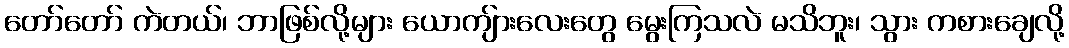
တော်တော် ကဲတယ်၊ ဘာဖြစ်လို့များ ယောကျ်ားလေးတွေ မွေးကြသလဲ မသိဘူး၊ သွား ကစားချေလို့